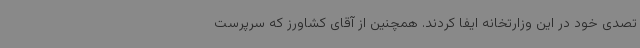
تصدی خود در این وزارتخانه ایفا کردند. همچنین از آقای کشاورز که سرپرست